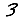
Digit: 3